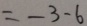
= - 3 - 6